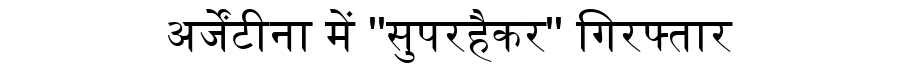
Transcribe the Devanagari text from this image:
अर्जेंटीना में ''सुपरहैकर'' गिरफ्तार